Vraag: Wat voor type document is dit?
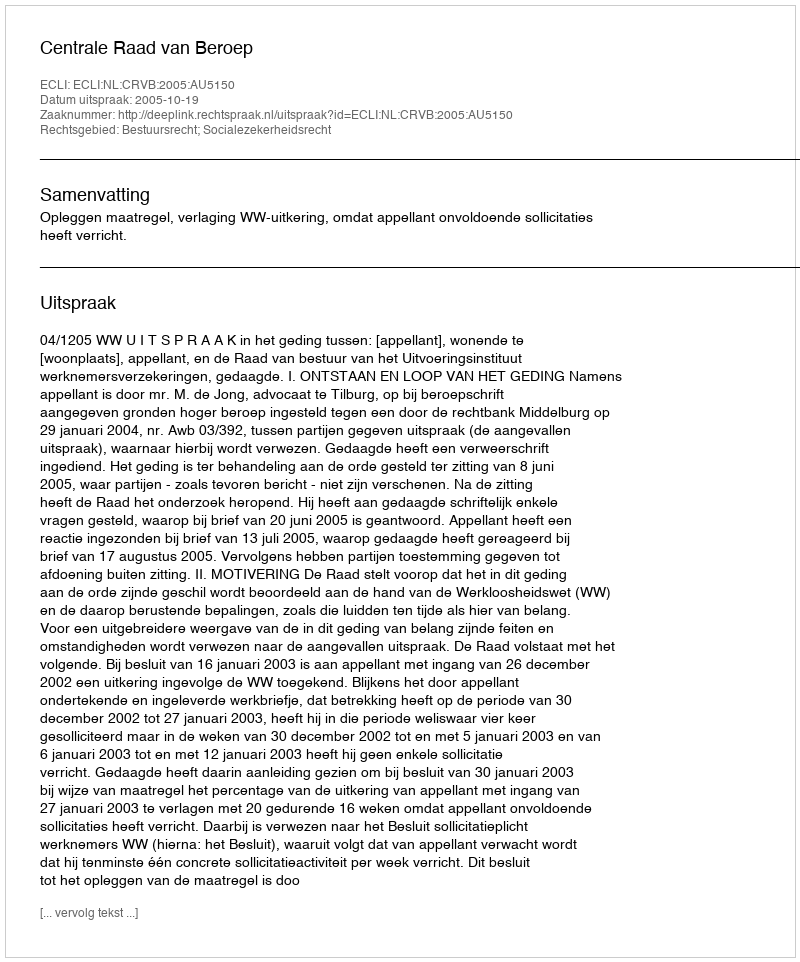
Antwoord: Uitspraak